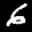
Label: 6